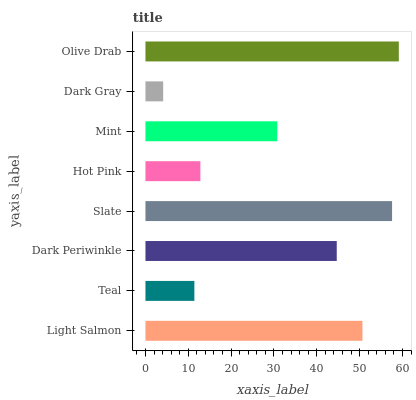
| yaxis_label | bars |
 | --- | --- |
 | Light Salmon | 50.7 |
 | Teal | 11.4 |
 | Dark Periwinkle | 44.7 |
 | Slate | 57.6 |
 | Hot Pink | 12.8 |
 | Mint | 30.8 |
 | Dark Gray | 4.14 |
 | Olive Drab | 59.2 |